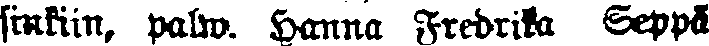
sinkiin, palw Hanna Fredrik Seppä